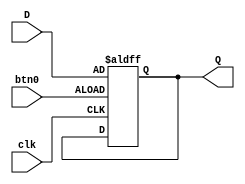
`timescale 1ns / 1ps
//////////////////////////////////////////////////////////////////////////////////
// Company: 
// Engineer: 
// 
// Design Name: 
// Module Name: reg1
// Project Name: 
// Target Devices: 
// Tool Versions: 
// Description: 
// 
// Dependencies: 
// 
// Revision:
// Revision 0.01 - File Created
// Additional Comments:
// 
//////////////////////////////////////////////////////////////////////////////////


module reg1(
input btn0,
input clk,
input [7:0] D,
output [7:0] Q
);
reg [7:0] tmp;

always @ (posedge (btn0), posedge (clk))
begin
    if (btn0 == 1)
         tmp <= D;    
end
assign Q = tmp;
endmodule